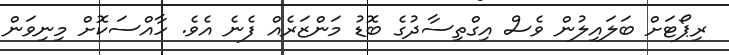
ރިޕޯޓަށް ބަލައިލުން ވެސް އިގްތިސާދުގެ ބޮޑު މަންޒަރެއް ފެނެ އެވެ. ހާއްސަކޮށް މިނިވަން